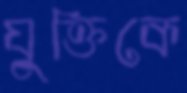
যুক্তিকে